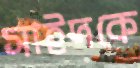
সাইদকে